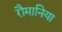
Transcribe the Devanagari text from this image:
रौमानिया